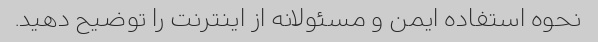
نحوه استفاده ایمن و مسئولانه از اینترنت را توضیح دهید.